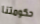
حكومتنا